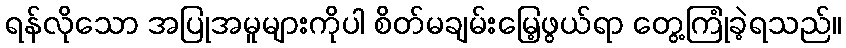
ရန်လိုသော အပြုအမူများကိုပါ စိတ်မချမ်းမြေ့ဖွယ်ရာ တွေ့ကြုံခဲ့ရသည်။